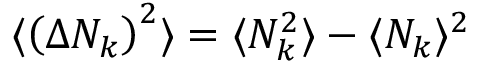
\langle \left( \Delta N _ { k } \right) ^ { 2 } \rangle = \langle N _ { k } ^ { 2 } \rangle - \langle N _ { k } \rangle ^ { 2 }